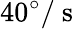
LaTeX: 40^{\circ}/\mathrm{~s~}